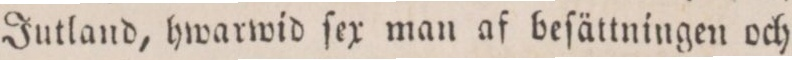
Jutland, hwarwid ſex man af beſättningen och